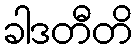
ခါဒတီတိ